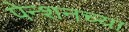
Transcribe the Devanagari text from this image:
पेन्शनच्या